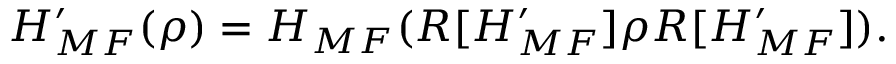
H _ { M F } ^ { \prime } ( \rho ) = H _ { M F } ( R [ H _ { M F } ^ { \prime } ] \rho R [ H _ { M F } ^ { \prime } ] ) .